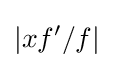
\left|xf'/f\right|